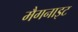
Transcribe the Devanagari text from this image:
मैगनाइट